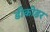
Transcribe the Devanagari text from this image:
डीकोडर